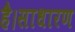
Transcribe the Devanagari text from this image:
है।साधारण